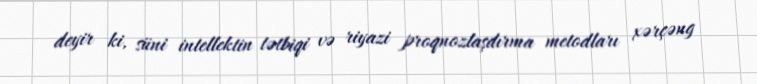
deyir ki, süni intellektin tətbiqi və riyazi proqnozlaşdırma metodları xərçəng